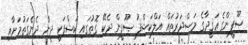
ޞޫފީންގެ ޢަޤީދާގެ މަޞްދަރުތައް އަލްކަޝްފު ޞޫފީން ދެކޭ ގޮތުގައި ކަޝްފަކީ ދީން ދެނެގަތުމަށާއި